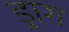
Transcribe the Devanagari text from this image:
ड्राग